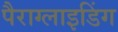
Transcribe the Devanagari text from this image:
पैराग्‍लाइडिंग